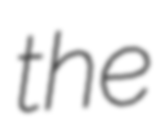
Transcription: the